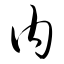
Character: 内